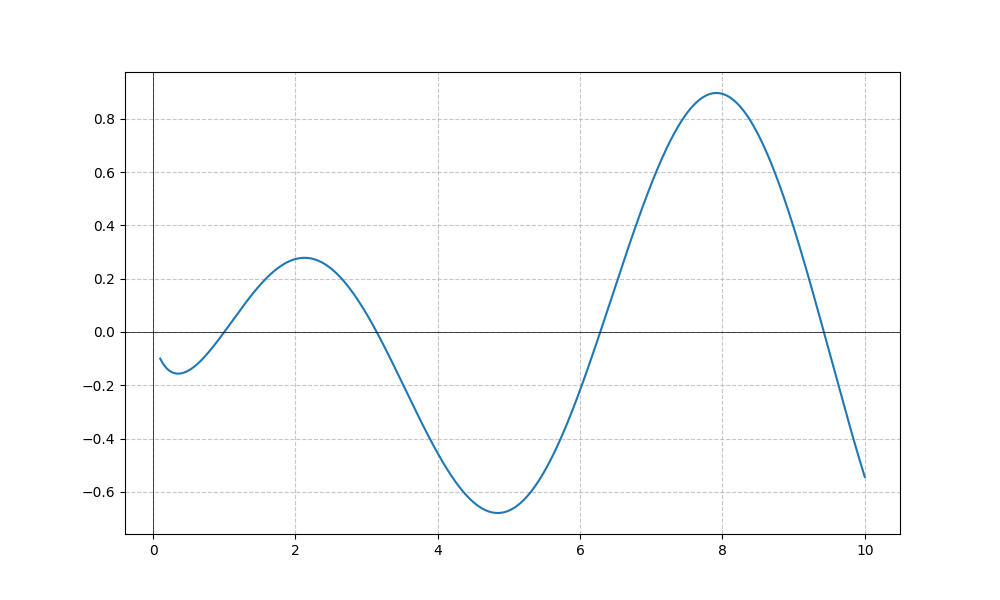
LaTeX formula: \frac{\log{\left(x \right)} \sin{\left(x \right)}}{\log{\left(10 \right)}}